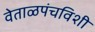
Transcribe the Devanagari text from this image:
वेताळपंचविशी